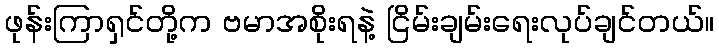
ဖုန်းကြာရှင်တို့က ဗမာအစိုးရနဲ့ ငြိမ်းချမ်းရေးလုပ်ချင်တယ်။